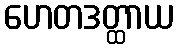
ဟေတဒတ္ထာယ